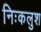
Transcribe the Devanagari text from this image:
निःकलुश